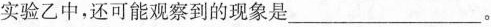
实验乙中，还可能观察到的现象是___。